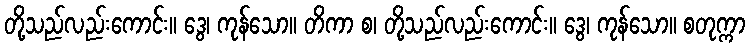
တို့သည်လည်းကောင်း။ ဒွေ၊ ကုန်သော။ တိကာ စ၊ တို့သည်လည်းကောင်း။ ဒွေ၊ ကုန်သော။ စတုက္ကာ